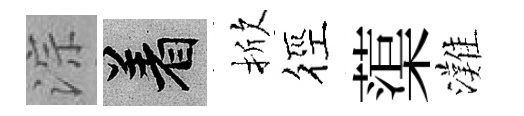
淙著掀徑蕖灘